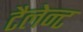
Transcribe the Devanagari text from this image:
टैलेन्ट